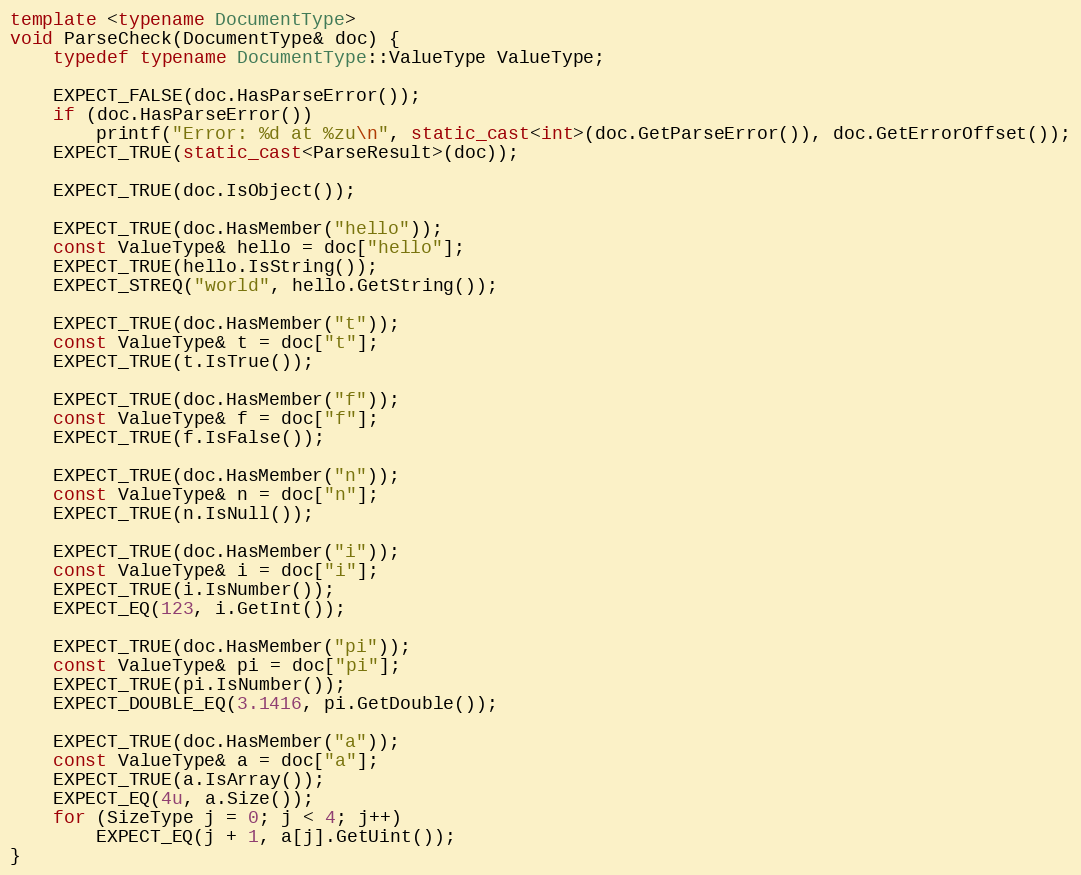
Language: C++
template <typename DocumentType>
void ParseCheck(DocumentType& doc) {
    typedef typename DocumentType::ValueType ValueType;

    EXPECT_FALSE(doc.HasParseError());
    if (doc.HasParseError())
        printf("Error: %d at %zu\n", static_cast<int>(doc.GetParseError()), doc.GetErrorOffset());
    EXPECT_TRUE(static_cast<ParseResult>(doc));

    EXPECT_TRUE(doc.IsObject());

    EXPECT_TRUE(doc.HasMember("hello"));
    const ValueType& hello = doc["hello"];
    EXPECT_TRUE(hello.IsString());
    EXPECT_STREQ("world", hello.GetString());

    EXPECT_TRUE(doc.HasMember("t"));
    const ValueType& t = doc["t"];
    EXPECT_TRUE(t.IsTrue());

    EXPECT_TRUE(doc.HasMember("f"));
    const ValueType& f = doc["f"];
    EXPECT_TRUE(f.IsFalse());

    EXPECT_TRUE(doc.HasMember("n"));
    const ValueType& n = doc["n"];
    EXPECT_TRUE(n.IsNull());

    EXPECT_TRUE(doc.HasMember("i"));
    const ValueType& i = doc["i"];
    EXPECT_TRUE(i.IsNumber());
    EXPECT_EQ(123, i.GetInt());

    EXPECT_TRUE(doc.HasMember("pi"));
    const ValueType& pi = doc["pi"];
    EXPECT_TRUE(pi.IsNumber());
    EXPECT_DOUBLE_EQ(3.1416, pi.GetDouble());

    EXPECT_TRUE(doc.HasMember("a"));
    const ValueType& a = doc["a"];
    EXPECT_TRUE(a.IsArray());
    EXPECT_EQ(4u, a.Size());
    for (SizeType j = 0; j < 4; j++)
        EXPECT_EQ(j + 1, a[j].GetUint());
}